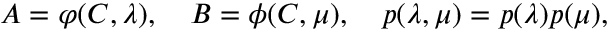
\begin{array} { r } { A = \varphi ( C , \lambda ) , \quad B = \phi ( C , \mu ) , \quad p ( \lambda , \mu ) = p ( \lambda ) p ( \mu ) , } \end{array}